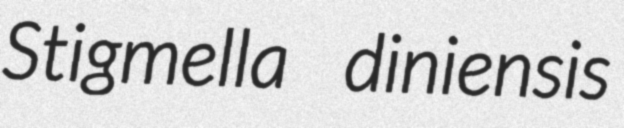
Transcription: Stigmella diniensis